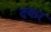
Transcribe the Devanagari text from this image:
दकर